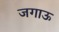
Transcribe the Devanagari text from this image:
जगाऊ